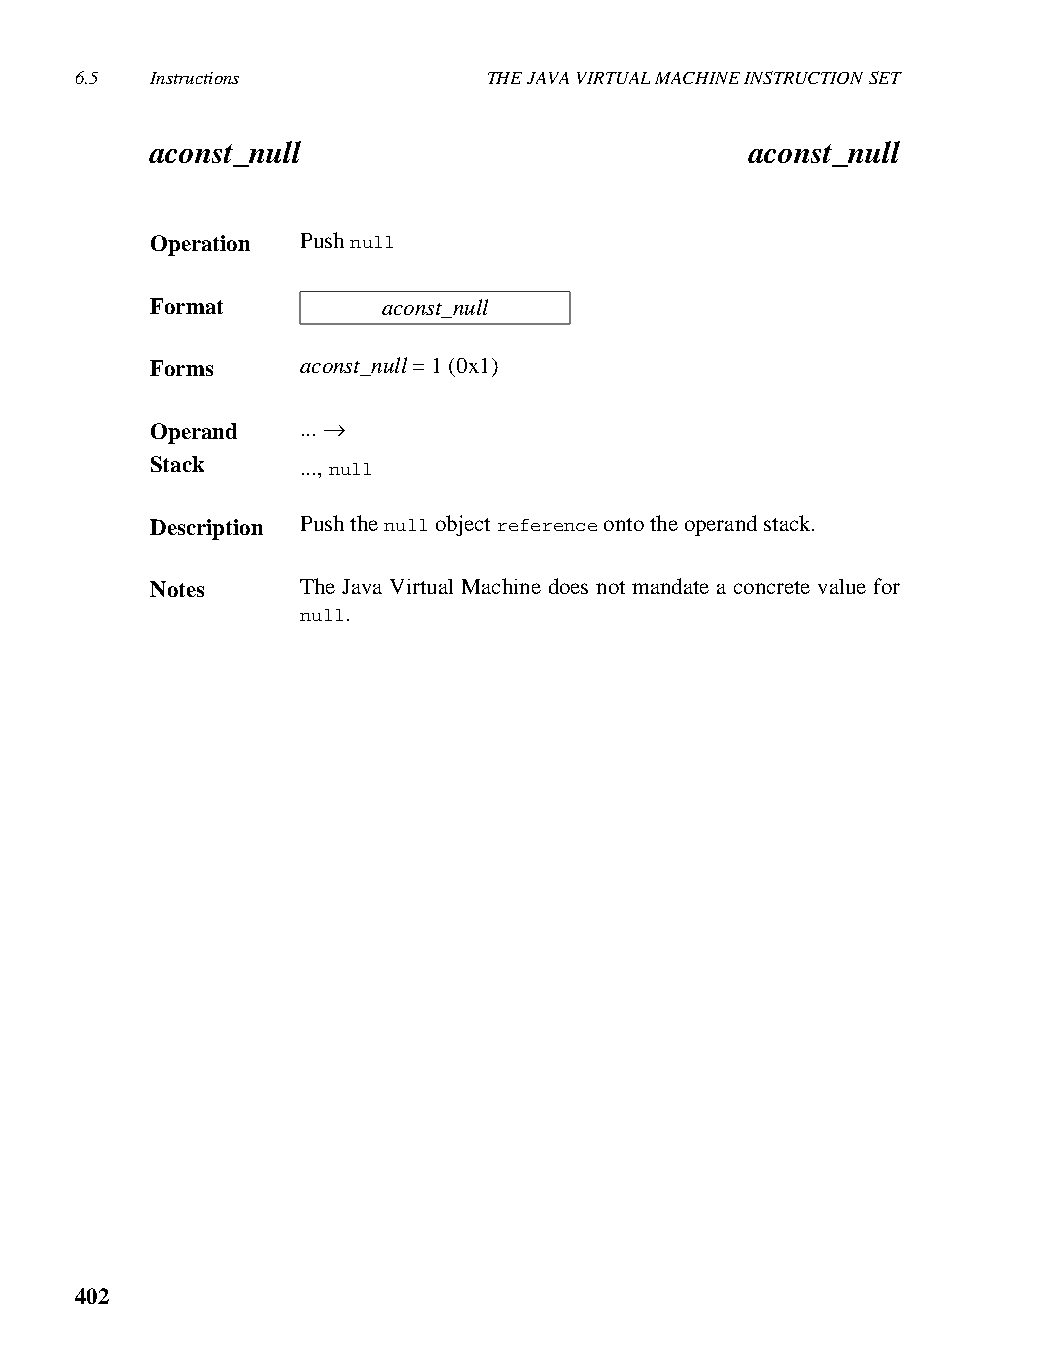
6.5  Instructions          THE JAVA VIRTUAL MACHINE INSTRUCTION SET
 aconst_null                             aconst_null
 Operation Push null
 Format         aconst_null
 Forms     aconst_null = 1 (0x1)
 Operand   ... →
 Stack     ..., null
 Description Push the null object reference onto the operand stack.
 Notes     The Java Virtual Machine does not mandate a concrete value for
 null.
 402